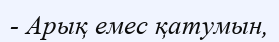
- Арық емес қатумын,